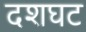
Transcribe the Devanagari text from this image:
दशघट